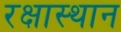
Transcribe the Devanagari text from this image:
रक्षास्थान